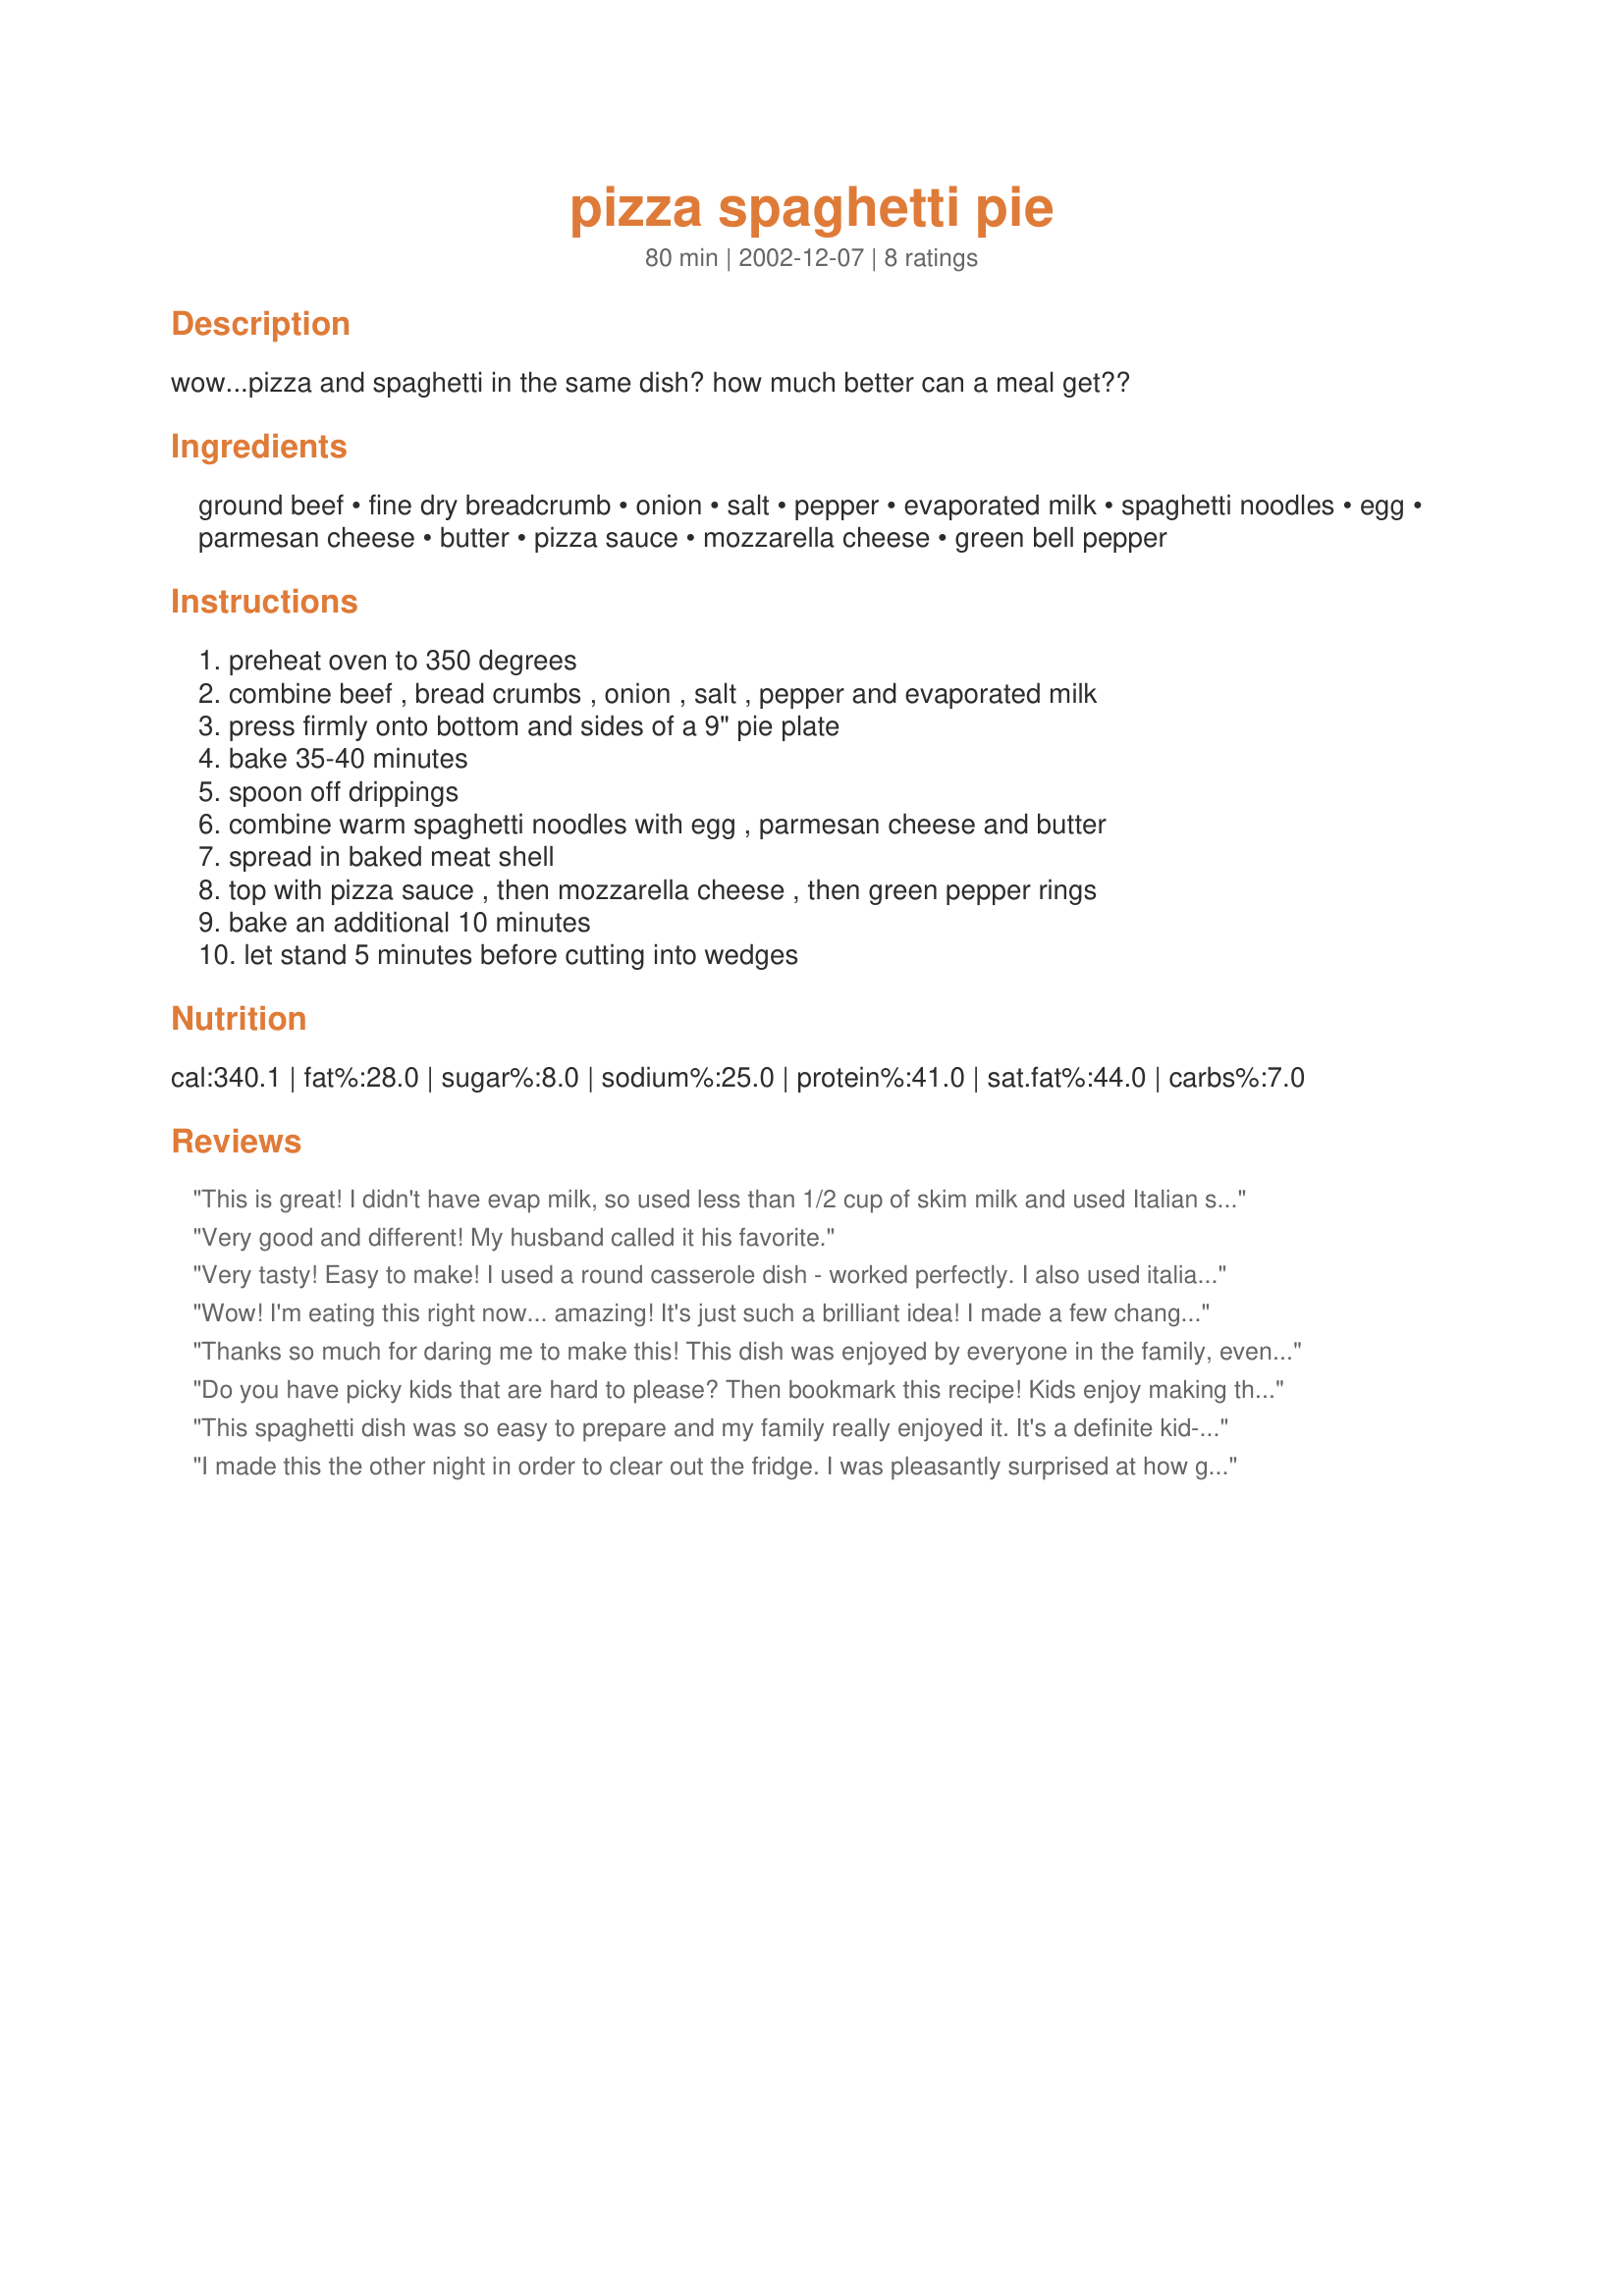
pizza spaghetti pie
Preparation time: 80 minutes

wow...pizza and spaghetti in the same dish? how much better can a meal get??

Ingredients:
ground beef, fine dry breadcrumb, onion, salt, pepper, evaporated milk, spaghetti noodles, egg, parmesan cheese, butter, pizza sauce, mozzarella cheese, green bell pepper

Steps:
preheat oven to 350 degrees, combine beef , bread crumbs , onion , salt , pepper and evaporated milk, press firmly onto bottom and sides of a 9" pie plate, bake 35-40 minutes, spoon off drippings, combine warm spaghetti noodles with egg , parmesan cheese and butter, spread in baked meat shell, top with pizza sauce , then mozzarella cheese , then green pepper rings, bake an additional 10 minutes, let stand 5 minutes before cutting into wedges

Reviews:
This is great! I didn't have evap milk, so used less than 1/2 cup of skim milk and used Italian seasoned bread crumbs instead of plain. Also added a dash of garlic to the noodle/egg mixture and omitted green bell pepper on top. I don't have a pie plate, so baked it in a square casserole dish...worked perfectly!
Very good and different! My husband called it his favorite.
Very tasty! Easy to make! I used a round casserole dish - worked perfectly. I also used italian-seasoned breadcrumbs and substituted the green peppers with pepperoni! This definately goes into my recipe box!
Wow! I'm eating this right now... amazing! It's just such a brilliant idea! I made a few changes though. I used just abit more parmigiano reggiano, and I grated some Swiss Emmental into the spaghetti mixture, to give it a sharper edge. Oh, I also added some cabanossi, as that's a meat I usually add to my pizzas. Sorry, another change, I used Cream instead of Evaporated milk, because I was unable to find any at the supermarket. But yes, a great idea. Serves about 6 I'd say. IF you have any leftovers (and I emphasise the word "IF"), this would be great in a sandwich instead of the infamous meatball sub.
Thanks so much for daring me to make this! This dish was enjoyed by everyone in the family, even my 3 yr old (who eats almost nothing). I did make a couple of additions - a can of mushrooms and some minced garlic. I think next time I make this, I'll also add in some pepperoni. I couldn't find plain mozzarella at the grocery store, so I bought a cheddar/mozzarella blend. To accompany this recipe, I served a simple salad and rolls. My whole family thanks you for a great recipe!
Do you have picky kids that are hard to please? Then bookmark this recipe! Kids enjoy making this as much as eating it. (Grownups love it too!)
This spaghetti dish was so easy to prepare and my family really enjoyed it. It's a definite kid-pleaser! The meat had a slight sweetness to it and I'm not sure if it was from the breadcrumbs or the evaporated milk. A nice addition next time might be to add some pepperoni to the top. Thanks ReeLani for sharing your recipe!
I made this the other night in order to clear out the fridge. I was pleasantly surprised at how good it was since I was a little sceptical going in. I added some dried basil & oregano & used 1 whole, small onion to the meat layer to give it some extra flavor, used whole wheat spaghetti & added some mushrooms in place of the green pepper. Very family friendly, versatile & easy to prepare.
